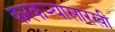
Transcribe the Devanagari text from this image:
करकऱ्यासारखी